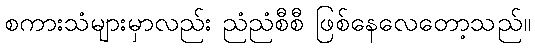
စကားသံများမှာလည်း ညံညံစီစီ ဖြစ်နေလေတော့သည်။